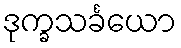
ဒုက္ခသင်္ခယော